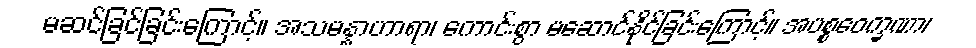
မဆင်ခြင်ခြင်းကြောင့်။ အသမန္နာဟာရာ၊ ကောင်းစွာ မဆောင်နိုင်ခြင်းကြောင့်။ အပစ္စဝေက္ခဏာ၊